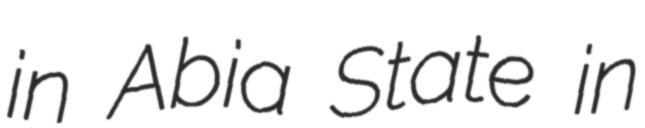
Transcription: in Abia State in